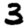
Digit: 3